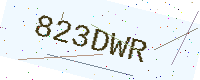
Text: 823DWR